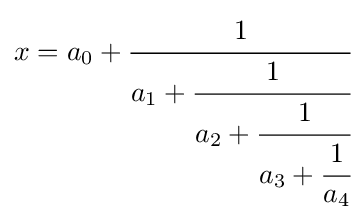
x=a_{0}+{\cfrac {1}{a_{1}+{\cfrac {1}{a_{2}+{\cfrac {1}{a_{3}+{\cfrac {1}{a_{4}}}}}}}}}